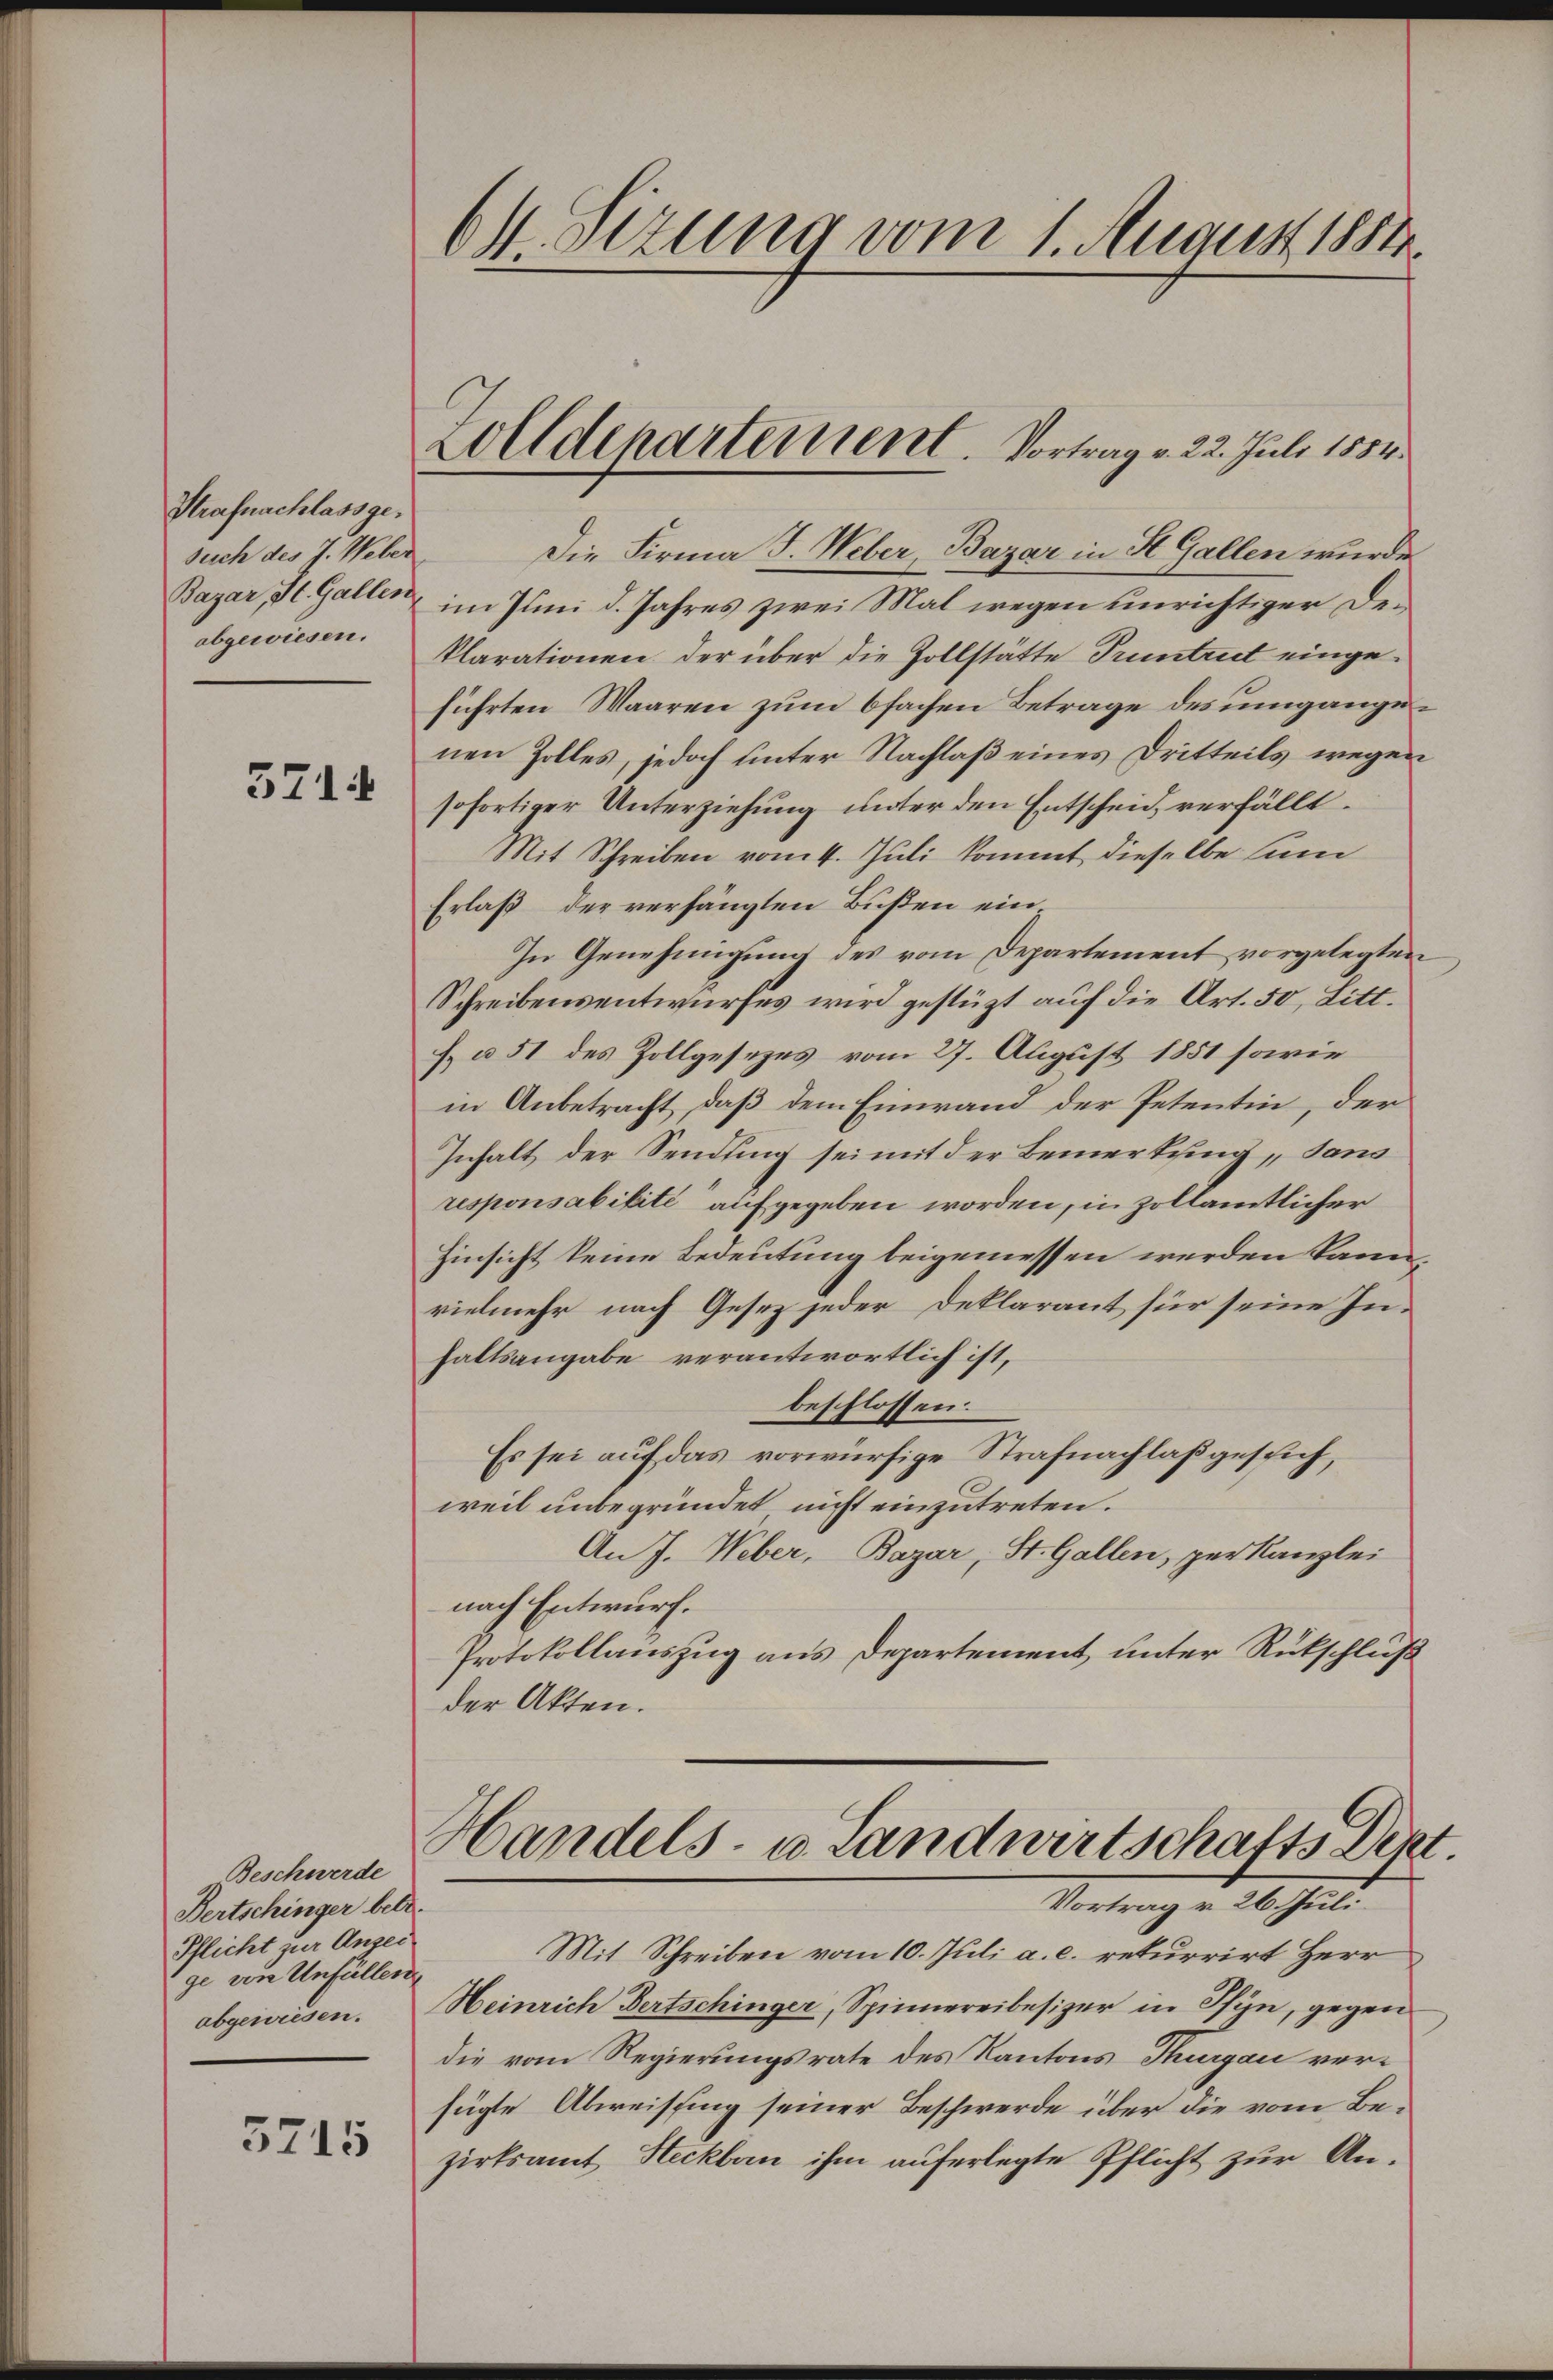
Strafnachlassgesuch des J. Weber
abgewiesen.

3714

Beschwerde
Bertschinger betr.
Pflicht zur Anzei
ge von Unfällen
abgewiesen.

3715

61. Sezung vom 1. August 1884

Zolldepartement. Vortrag v. 22. Juli 1854.

Die Firma J. Weber, Bazar in St. Gallen wurde
Bazar, St. Gallen, im Juni d. Jahres zwei Mal wegen unrichtiger Deklarationen der über die Zollstätte Pruntrut eingeführten Waaren zŭm bfachen Betrage des umgangenen Zolles, jedoch unter Nachlaß eines Dritteils wegen
sofortiger Unterziehung unter den Entscheid, verfällt.
Mit Schreiben vom 4. Juli kommt dieselbe sin
Erlaß der verhängten Bußen ein.
In Genehmigung des vom Departement vorgelegten
Schreibensentwurfes wird gestützt auf die Art. 50, Litt.
H. à 51 des Zollgesezes vom 27. August 1851 sowie
in Anbetracht, daß dem Einwand der Petentin, der
Inhalt der Sendung sei mit der Bemerkung sans
responsabilité“ aufgegeben worden, in zollämtlicher
Hinsicht keine Bedeutung beigemessen werden kann
vielmehr nach Gesez jeder Deklarant für seine Inhaltsangabe verantwortlich ist,
beschlossen.
Es sei auf das vorwürfige Strafnachlaß gesich,
weil unbegründet nicht einzutreten.
An J. Weber, Bazar, St. Gallen, per Kanzlei
nach Entwurf.
Protokollauszug aus Departement, unter Rückschluß
der Akten.

Handels- u. Landwirtschafts Dept.
Vortrag v. 26. Juli

Mit Schreiben vom 10. Juli a. c. rekurrirt Herr
Heinrich Bertschinger, Spinnereibesizer in Pfyn, gegen
die vom Regierungsrate des Kantons Thurgau verfügte Abweissing seiner Beschwerde über die vom Bezirksamt Steckbau ihm auferlegte Pflicht zur An¬